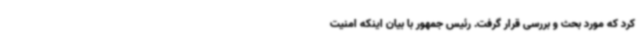
کرد که مورد بحث و بررسی قرار گرفت. رئیس جمهور با بیان اینکه امنیت